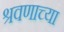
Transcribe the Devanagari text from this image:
श्रवणाच्या